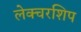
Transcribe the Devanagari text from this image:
लेक्चरशिप